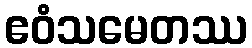
ဧဝံသမေတဿ